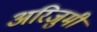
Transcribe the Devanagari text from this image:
अरिजुमी